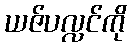
ယဇ်ပလ္လင်ကို